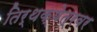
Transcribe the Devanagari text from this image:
तिर्थक्षेत्रवर